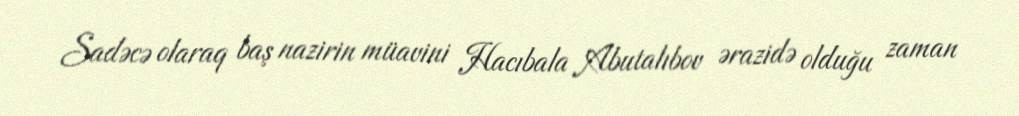
Sadəcə olaraq baş nazirin müavini Hacıbala Abutalıbov ərazidə olduğu zaman